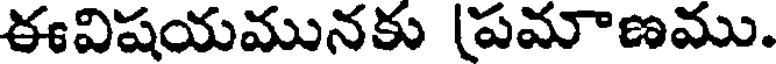
ఈవిషయమునకు (పమాణము.